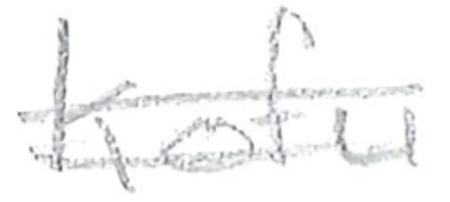
Text: Kofu
Cross-out: double-line
Writing tool: pencil